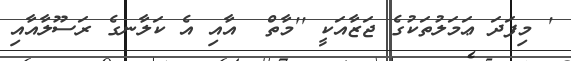
' މިފަދަ ޢަމަލުތަކުގެ ޖަޒާއަކީ ''މާތް  އާއި އެ ކަލާނގެ ރަސޫލާއާއި